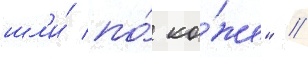
шл'и́ по́ ко́же" //